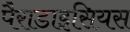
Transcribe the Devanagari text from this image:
पैराडाइसियस